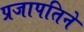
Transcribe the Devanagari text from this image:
प्रजापतिने